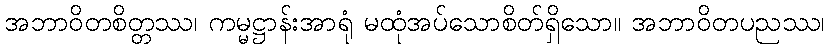
အဘာဝိတစိတ္တဿ၊ ကမ္မဋ္ဌာန်းအာရုံ မထုံအပ်သောစိတ်ရှိသော။ အဘာဝိတပညဿ၊